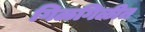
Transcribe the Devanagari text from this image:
गिळगिळीत